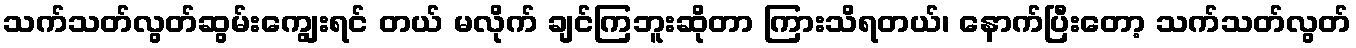
သက်သတ်လွတ်ဆွမ်းကျွေးရင် တယ် မလိုက် ချင်ကြဘူးဆိုတာ ကြားသိရတယ်၊ နောက်ပြီးတော့ သက်သတ်လွတ်